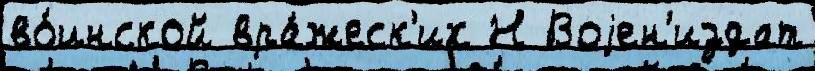
во́инской вра́жеск'их Н Воjен'издат